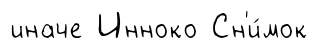
иначе Инноко Сн'и́мок